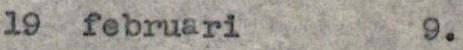
19 februari 9.